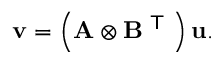
\mathbf { v } = \left( \mathbf { A } \otimes \mathbf { B } ^ { \textsf { T } } \right) \mathbf { u } .